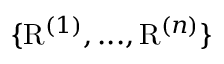
\{ \mathrm { R } ^ { ( 1 ) } , . . . , \mathrm { R } ^ { ( n ) } \}